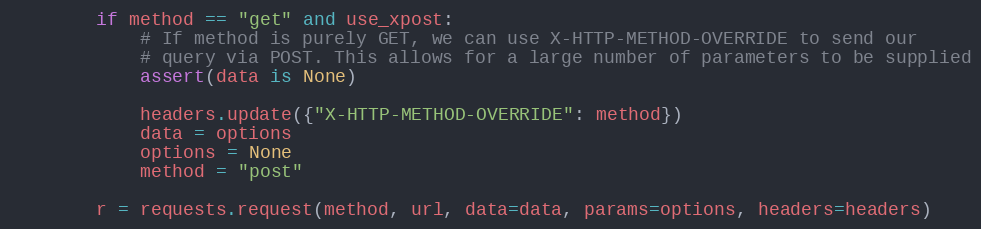
Language: Python
        if method == "get" and use_xpost:
            # If method is purely GET, we can use X-HTTP-METHOD-OVERRIDE to send our
            # query via POST. This allows for a large number of parameters to be supplied
            assert(data is None)

            headers.update({"X-HTTP-METHOD-OVERRIDE": method})
            data = options
            options = None
            method = "post"

        r = requests.request(method, url, data=data, params=options, headers=headers)